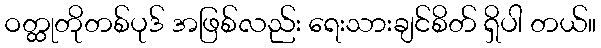
ဝတ္ထုတိုတစ်ပုဒ် အဖြစ်လည်း ရေးသားချင်စိတ် ရှိပါ တယ်။